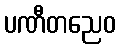
ပဏီတညေဝ